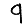
Digit: 9